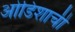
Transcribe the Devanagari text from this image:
ओडिशाची